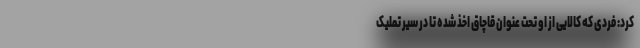
کرد: فردی که کالایی از او تحت عنوان قاچاق اخذ شده تا در سیر تملیک